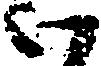
い